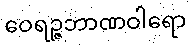
ဝေရဉ္ဇဘာဏဝါရော